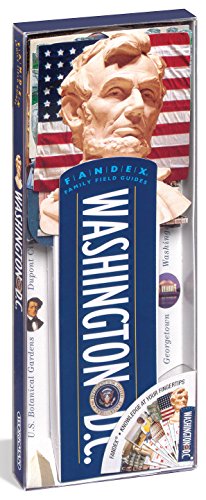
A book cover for Fandex Family Field Guides: Washington, D.C.; Alex Katis; Travel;